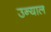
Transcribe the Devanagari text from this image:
उन्याल